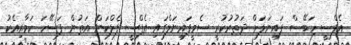
އެފްސީ ހަބޭސް ފައިނަލަށް ދަތުރުކުރީ ސެމީފައިނަލްގައި އެފްސީ ފެލްކަން އަތުން ފަސޭހަ ކަމާއިއެކު